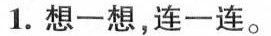
1.想一想，连一连。